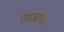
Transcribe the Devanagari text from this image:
ताजापन